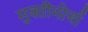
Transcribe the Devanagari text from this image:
मुक्तीमोर्चा